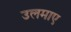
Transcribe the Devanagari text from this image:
उलमाए